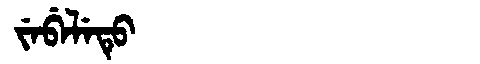
Manchu: ᠵᡝᠪᡝᠯᡝᡨᡠ
Romanization: JEBELETU